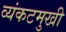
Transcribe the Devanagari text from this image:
व्यंकटमुखी